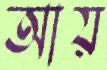
আয়